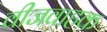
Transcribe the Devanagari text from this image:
वीजवाहक